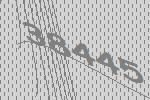
38445